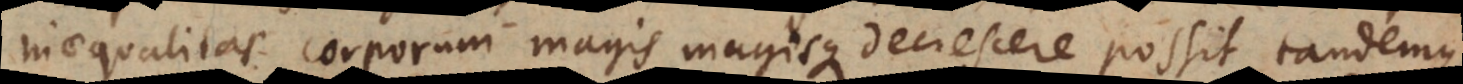
inaequalitas corporum magis magisque decrescere possit, tandemque